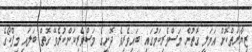
ޒިޔާރަތްކޮށް އަމަލީ ގޮތުން މަސްވެރިކަމުގައި ބައިވެރިވެ ދޮށީގެ މަސްވެރިކަންކުރެވޭ ގޮތް ބަލައި މިފްކޯގެ